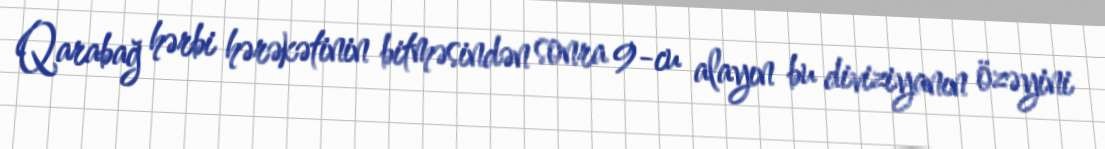
Qarabağ hərbi hərəkətinin bitməsindən sonra 9-cu alayın bu diviziyanın özəyini